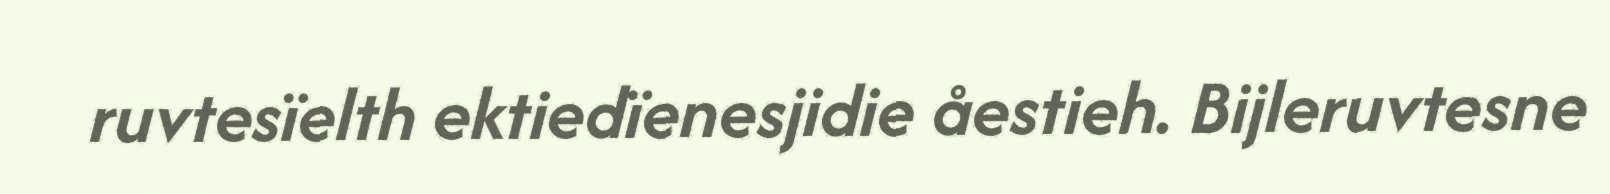
ruvtesïelth ektiedïenesjidie åestieh. Bijleruvtesne